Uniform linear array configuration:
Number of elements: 48
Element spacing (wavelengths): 1
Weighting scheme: exponential
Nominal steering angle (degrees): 60
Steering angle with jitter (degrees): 61.295
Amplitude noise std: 0.05
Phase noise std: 0.05

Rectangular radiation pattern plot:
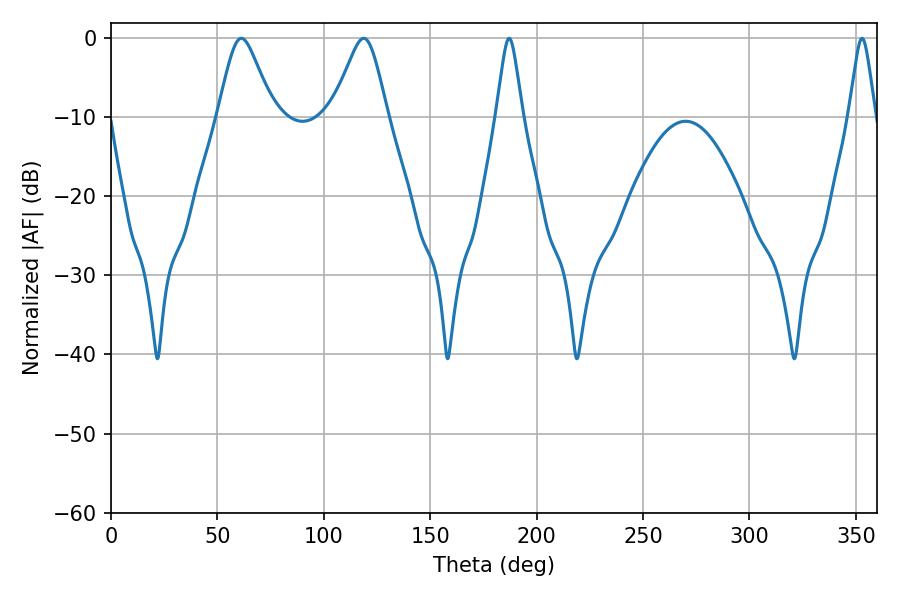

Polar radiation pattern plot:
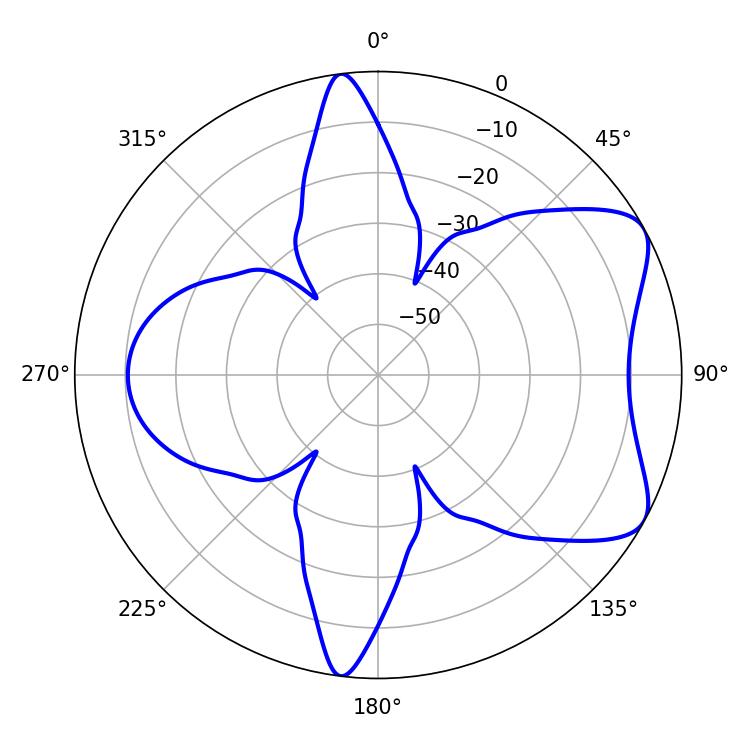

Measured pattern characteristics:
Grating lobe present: TRUE
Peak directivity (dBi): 6.789
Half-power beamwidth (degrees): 12.42
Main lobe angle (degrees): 61.2